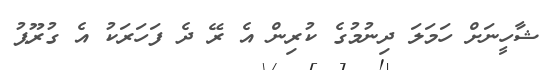
ޝާހީނަށް ހަމަލަ ދިނުމުގެ ކުރިން އެ ރޭ ދެ ފަހަރަކު އެ ގުރޫޕު